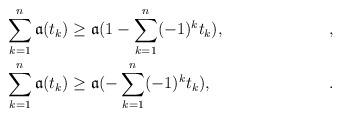
LaTeX: \begin{align*}\sum_{k = 1}^n \mathfrak a(t_k) & \ge \mathfrak a( 1 - \sum_{k = 1}^n (-1)^k t_k), & , & \\\sum_{k = 1}^n \mathfrak a(t_k) & \ge \mathfrak a(- \sum_{k = 1}^n (-1)^k t_k), & . &\end{align*}